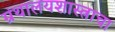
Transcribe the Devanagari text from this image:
ग्रंथालयशास्त्राचा